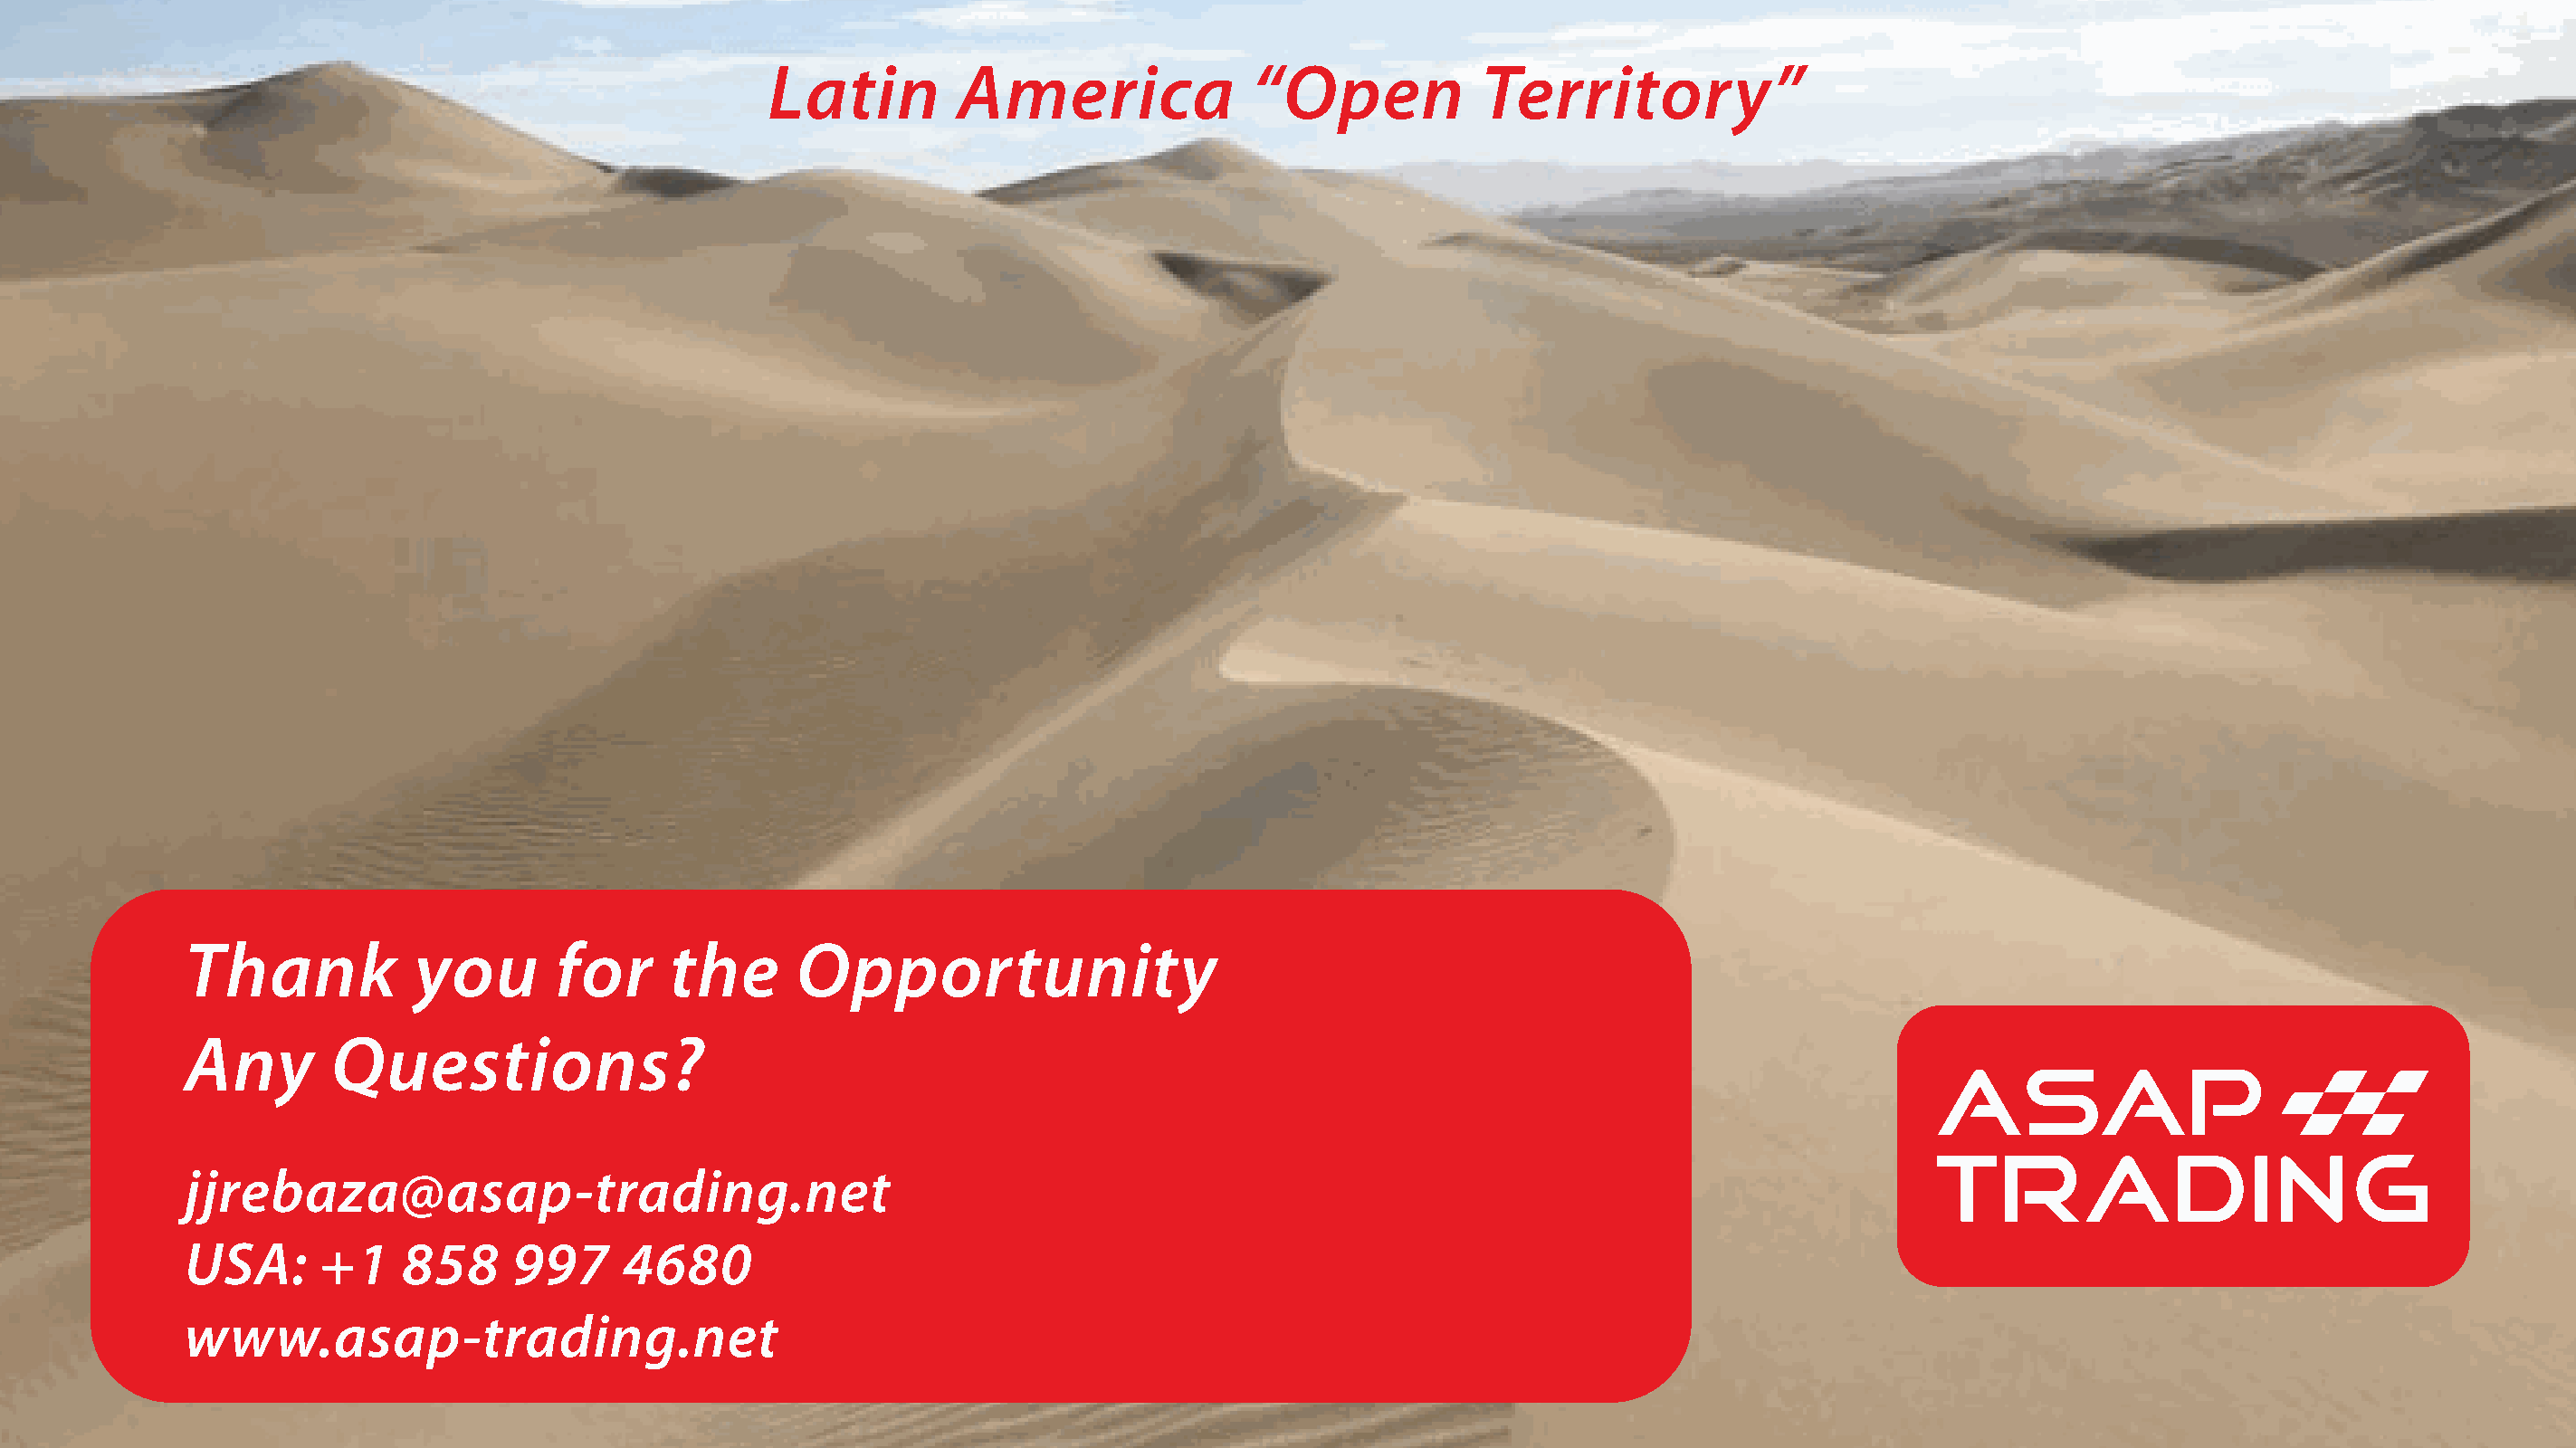
Latin         America               “Open           Territory”
 Thank           you        for     the      Opportunity
 Any       Questions?
 jjrebaza@asap-trading.net
 USA:      +1    858     997      4680
 www.asap-trading.net
 www.asap-racing.com